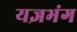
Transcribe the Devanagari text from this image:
यज्ञभंग